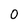
Character: O